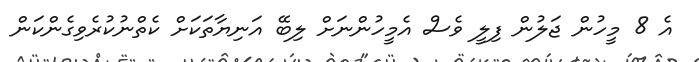
އެ 8 މީހުން ޖަލުން ފިލީ ވެސް އެމީހުންނަށް ލިބޭ އަނިޔާތަކަށް ކެތްނުކުރެވިގެންކަން